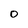
Character: O